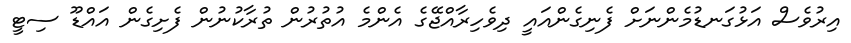
އިރުވެސް އަޅުގަނޑުމެންނަށް ފެނިގެންއައީ ދިވެހިރާއްޖޭގެ އެންމެ އުތުރުން ތުރާކުނުން ފެށިގެން އައްޑޫ ސިޓީ